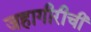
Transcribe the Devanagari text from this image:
जहागीरीची